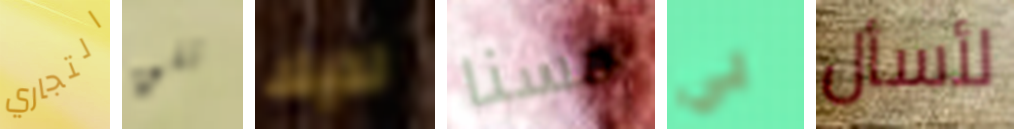
التجاري تلق لديك حسنا بي لأسأل